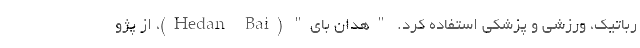
رباتیک، ورزشی و پزشکی استفاده کرد. "هدان بای" (Hedan Bai)، از پژو